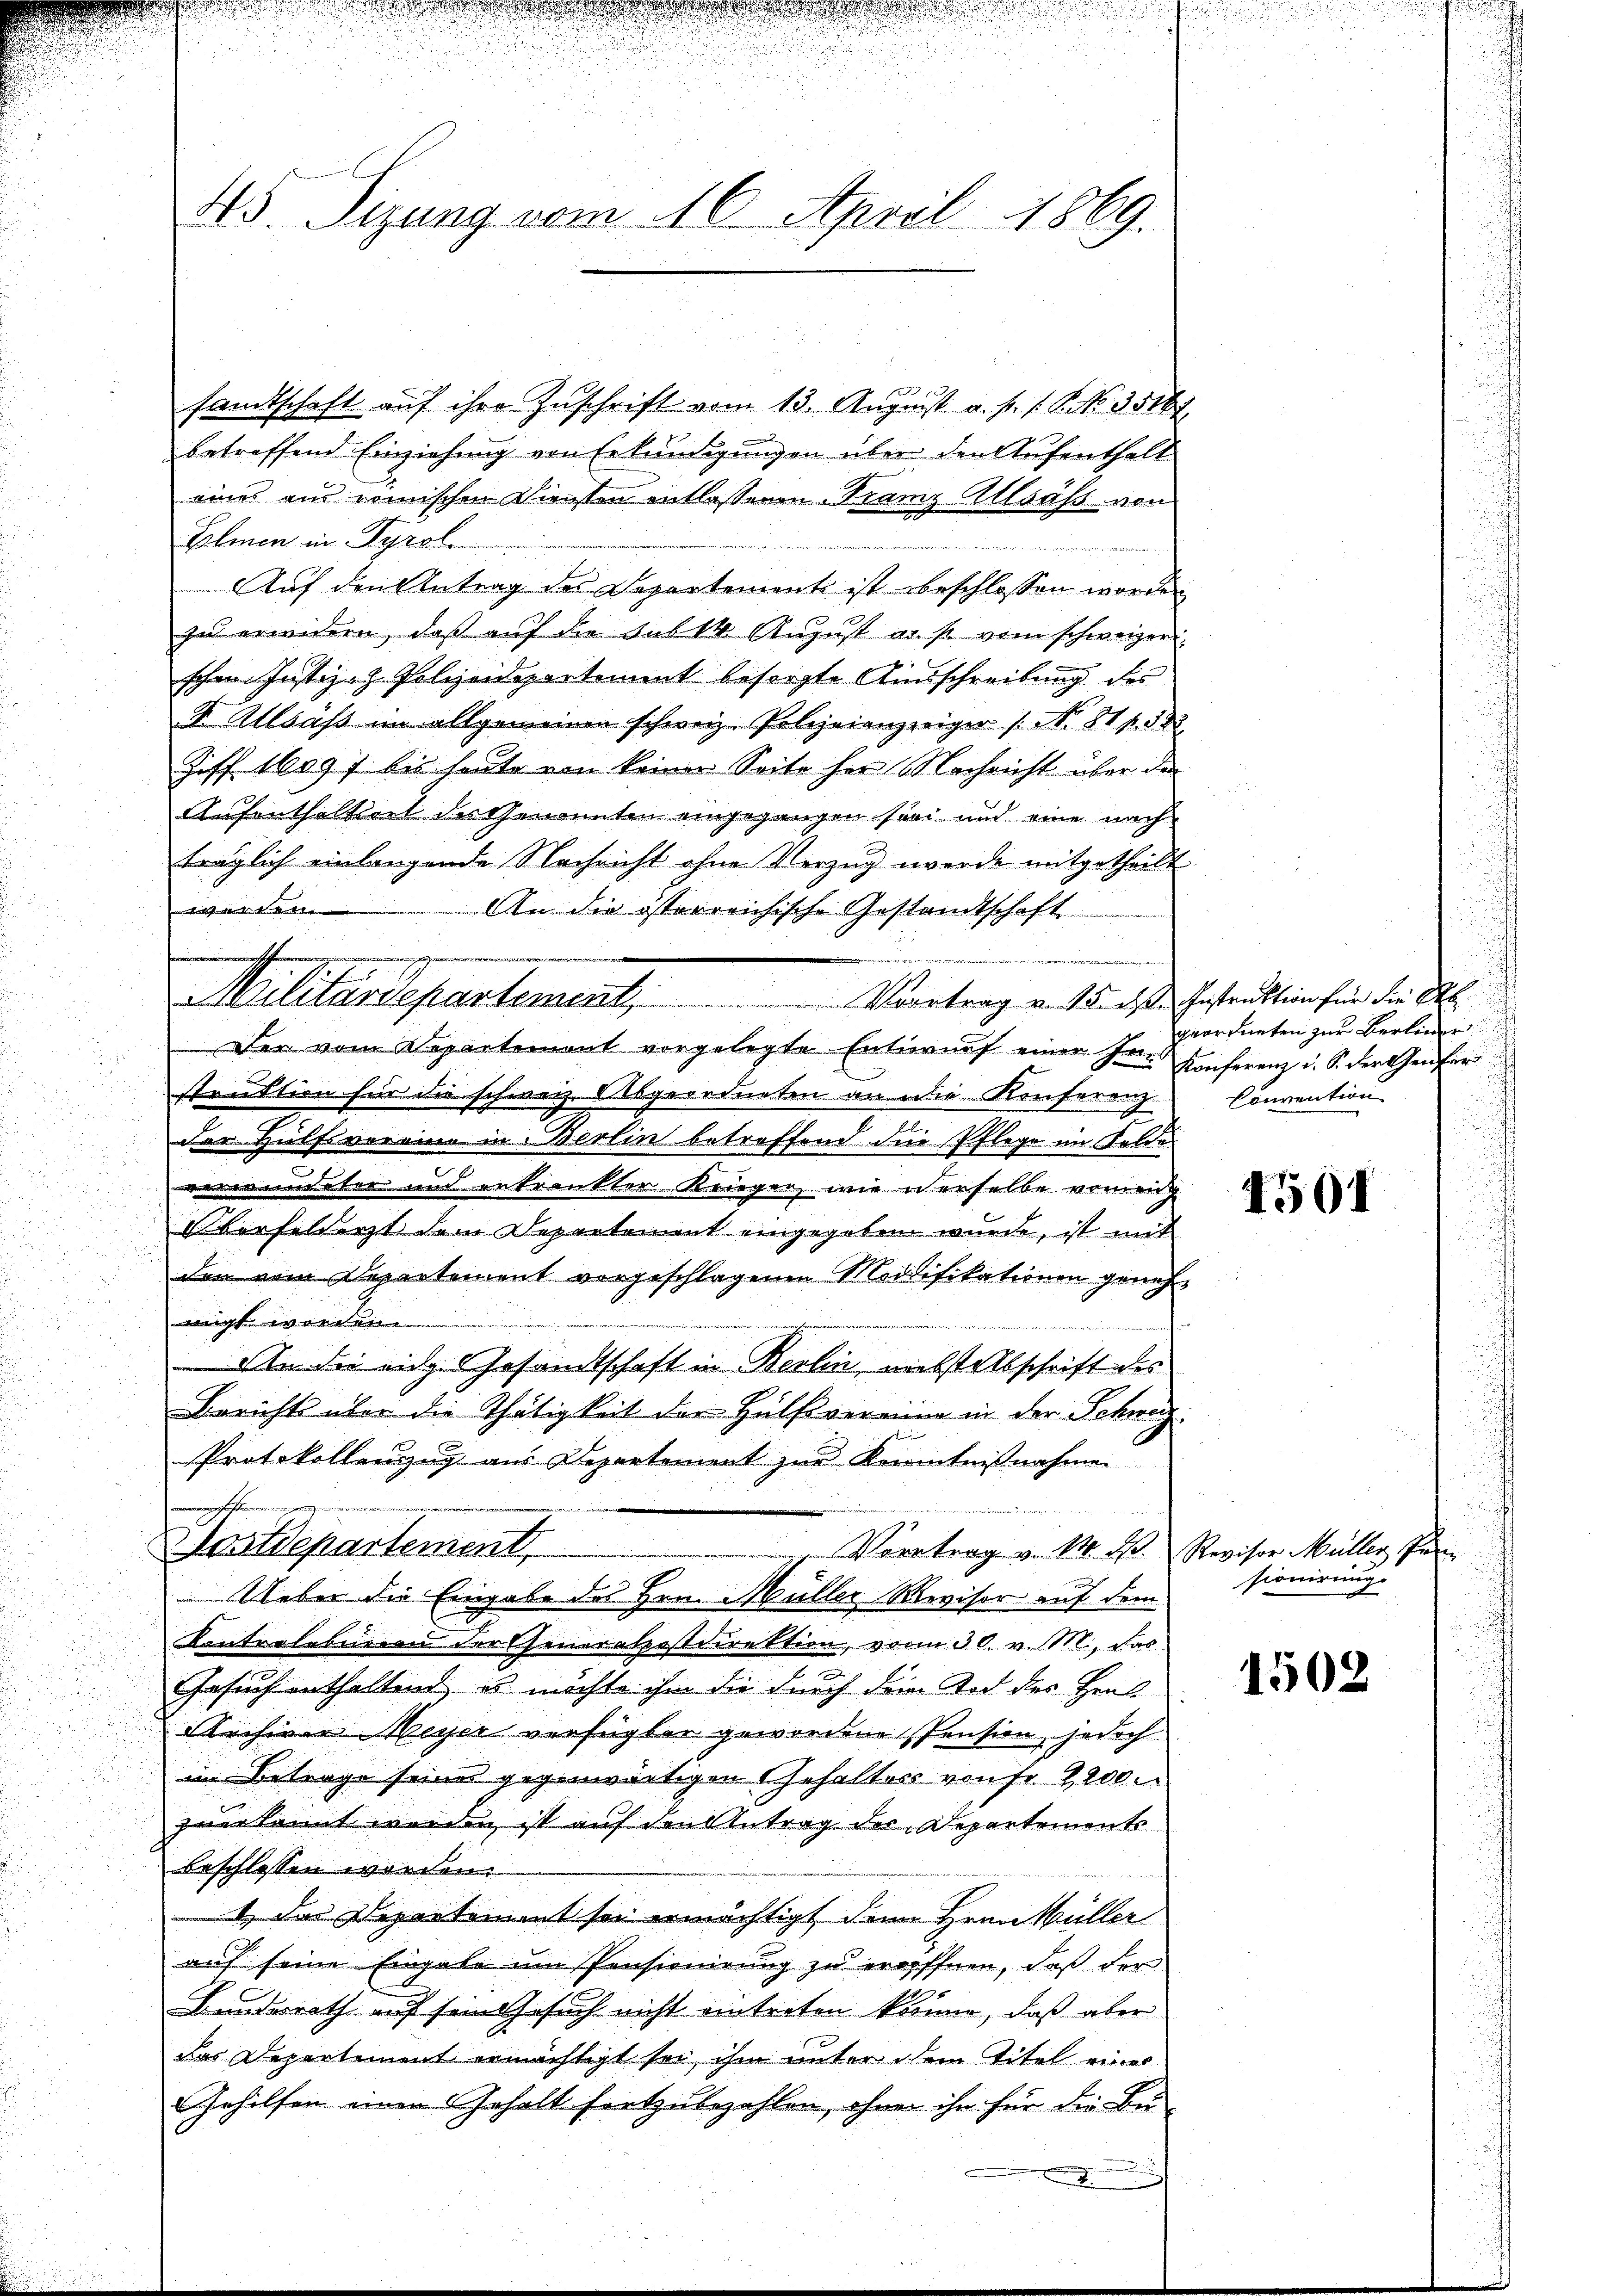
d

45. Sizung vom 16. April 1869.

sandtschaft auf ihre Zuschrift vom 13. August a. p. s. S. No. 35167
betreffend Einziehung von Erkundigungen über den Aufenthalt
eines am römischen Diensten entlassenen Franz Allsäß von
Elmen in Tyrol
Auf den Antrag des Departement ist beschlossen worden
zu erweidern, daß auf die sub 14. August au so vom schweizerischon Justiz- & Polizeidepartement besorgte Ausschreibung des
S. Allsass im allgemeinen schweiz. Polizeianzzeiger /: No 81 f. 582
Ziff. 1097 bis heute von keiner Seite her Nachricht über den
Aufenthaltsert des Genannten eingegangen sein und eine nach
träglich einlangende Nachricht ohne Verzug werde mitgetheilt
westelle
An die österreichische Gestandtschaft

u
Der vom Departement vorgelegte Entwurf einer her Anferenz u. S. der Genfer
struktion für die schweiz. Alsgeordneten an die Konferenz Convention

der Hülfsvereine in Berlin betreffend die Pflege im Felde

d
vordeter und erkrankter Kriegen, wie derselbe verung
n
Oorfeldarzt dem Departement eingegeben wurde, ist mit
der vom Departement vorgeschlagenen Modifikationen genehmigt werden.
An die eidg. Gesandtschaft in Berlin, nebst abschrift des
Bericht über die Thätigkeit der Hülfsvereine in der Schweiz¬
Protokollenzug aus Departement zur Kenntnißnahmen
wechsten we
au
Dastdepartement,
 Vortrag v. 14. d. Revisor Müller Pun
Ueber die Eingabe des Hrn. Müller Revisor auf dem
Kontrolebirern der Generalpostdirektion, vom 30. v. M., das
Gesuch enthaltend, es möchte ihm die durch dem Tod des Heut
Archiven Weyer verfügter gewordene Pension, jedoch
im Betrage seines gegenwärtigen Gehalters von Fr. 2200.
zuerkannt werden ist auf den Antrag der Departements
beschlossen worden.
e
1) das Departement sei ermächtigt, denn Hrnn Müller
auf seine Eingabe im Pensionirung zu eröffnen, daß der
Bundesrath auf sein Gesuch nicht eintreten könne, daß aber
das Departement ermächtigt sei, ihm unter dem Titel einer
Gehilfen einen Gehalt fortzubezahlen, ohner ihn für die Bei-

n

Militärdepartement, Vertrag an de des ehestration für die Art.

geordneten zur Berlin

4501

sionirung.

1502